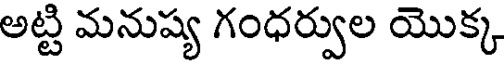
అట్టి మనుష్య గంధర్వుల యొక్క